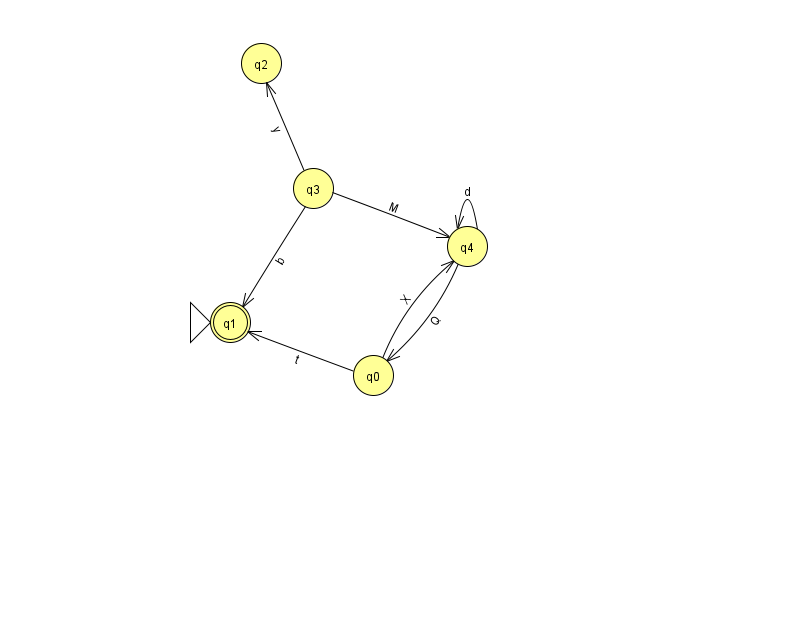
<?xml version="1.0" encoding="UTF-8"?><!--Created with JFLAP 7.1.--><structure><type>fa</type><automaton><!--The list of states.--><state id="0" name="q0"><x>373.0</x><y>362.0</y></state><state id="1" name="q1"><x>230.0</x><y>309.0</y><initial/><final/></state><state id="2" name="q2"><x>261.0</x><y>50.0</y></state><state id="3" name="q3"><x>313.0</x><y>175.0</y></state><state id="4" name="q4"><x>467.0</x><y>233.0</y></state><!--The list of transitions.--><transition><from>0</from><to>4</to><read>X</read></transition><transition><from>3</from><to>4</to><read>M</read></transition><transition><from>4</from><to>4</to><read>d</read></transition><transition><from>3</from><to>2</to><read>y</read></transition><transition><from>4</from><to>0</to><read>Q</read></transition><transition><from>0</from><to>1</to><read>t</read></transition><transition><from>3</from><to>1</to><read>b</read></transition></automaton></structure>